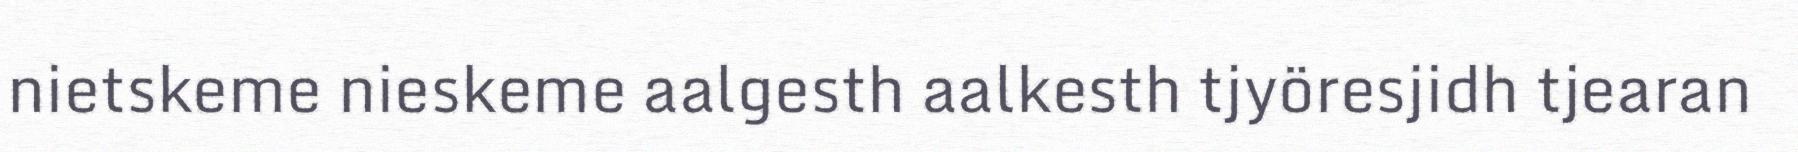
nietskeme nieskeme aalgesth aalkesth tjyöresjidh tjearan